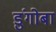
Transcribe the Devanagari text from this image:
डुंगोबा